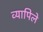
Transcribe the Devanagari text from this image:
व्यापिले